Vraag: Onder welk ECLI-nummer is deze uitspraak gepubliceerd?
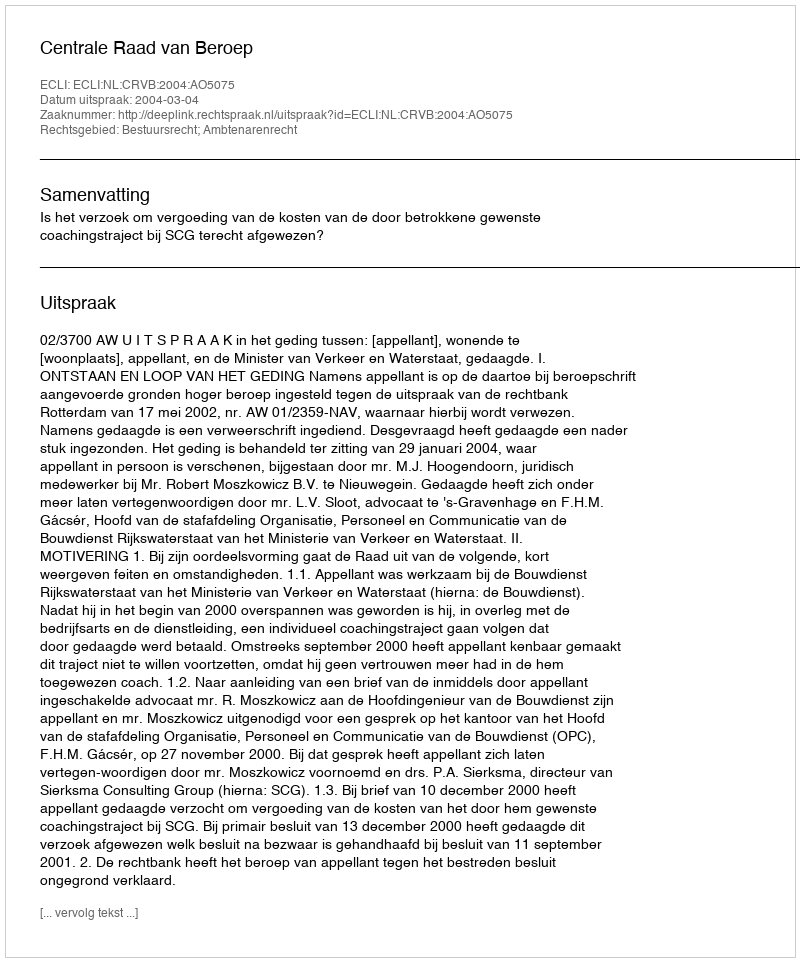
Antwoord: ECLI:NL:CRVB:2004:AO5075